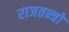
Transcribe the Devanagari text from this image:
राजतन्त्रों